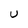
Character: U